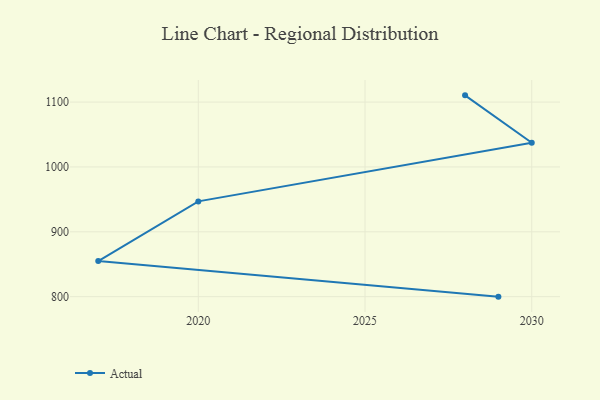
{"axis": {"x": "Year", "y": "Headcount"}, "legend": ["Actual"], "data": [{"x": "2028", "y": 1110.4, "type": "Actual"}, {"x": "2030", "y": 1037.3, "type": "Actual"}, {"x": "2020", "y": 946.9, "type": "Actual"}, {"x": "2017", "y": 854.8, "type": "Actual"}, {"x": "2029", "y": 800, "type": "Actual"}]}